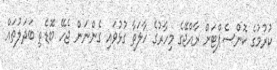
ކުރުމުގެ ކޮންސެޕްޓަށް ރާއްޖޭގެ މިހާރުގެ ހާލަތާ ގުޅުވައި ގެންނަން ޖެހޭ ބޮޑެތި ބަދަލުތައް